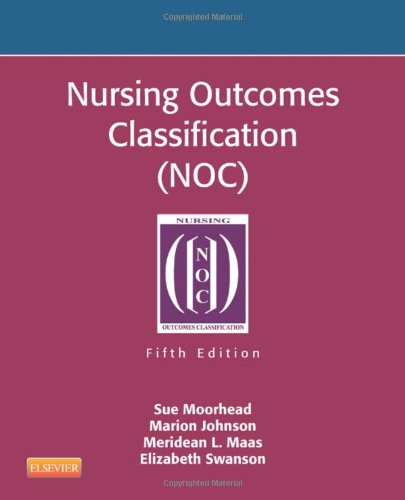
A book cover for Nursing Outcomes Classification (NOC): Measurement of Health Outcomes, 5e; Sue Moorhead PhD  RN; Medical Books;